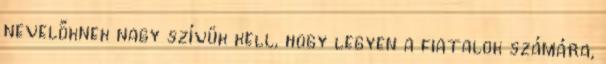
nevelőknek nagy szívük kell, hogy legyen a fiatalok számára,